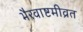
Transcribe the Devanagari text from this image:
भैरवाष्टमीव्रत